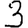
Digit: 3